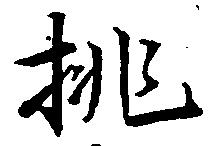
挑